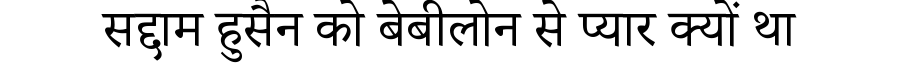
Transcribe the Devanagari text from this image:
सद्दाम हुसैन को बेबीलोन से प्यार क्यों था